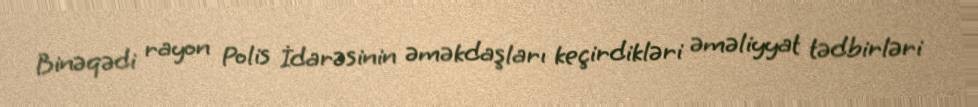
Binəqədi rayon Polis İdarəsinin əməkdaşları keçirdikləri əməliyyat tədbirləri